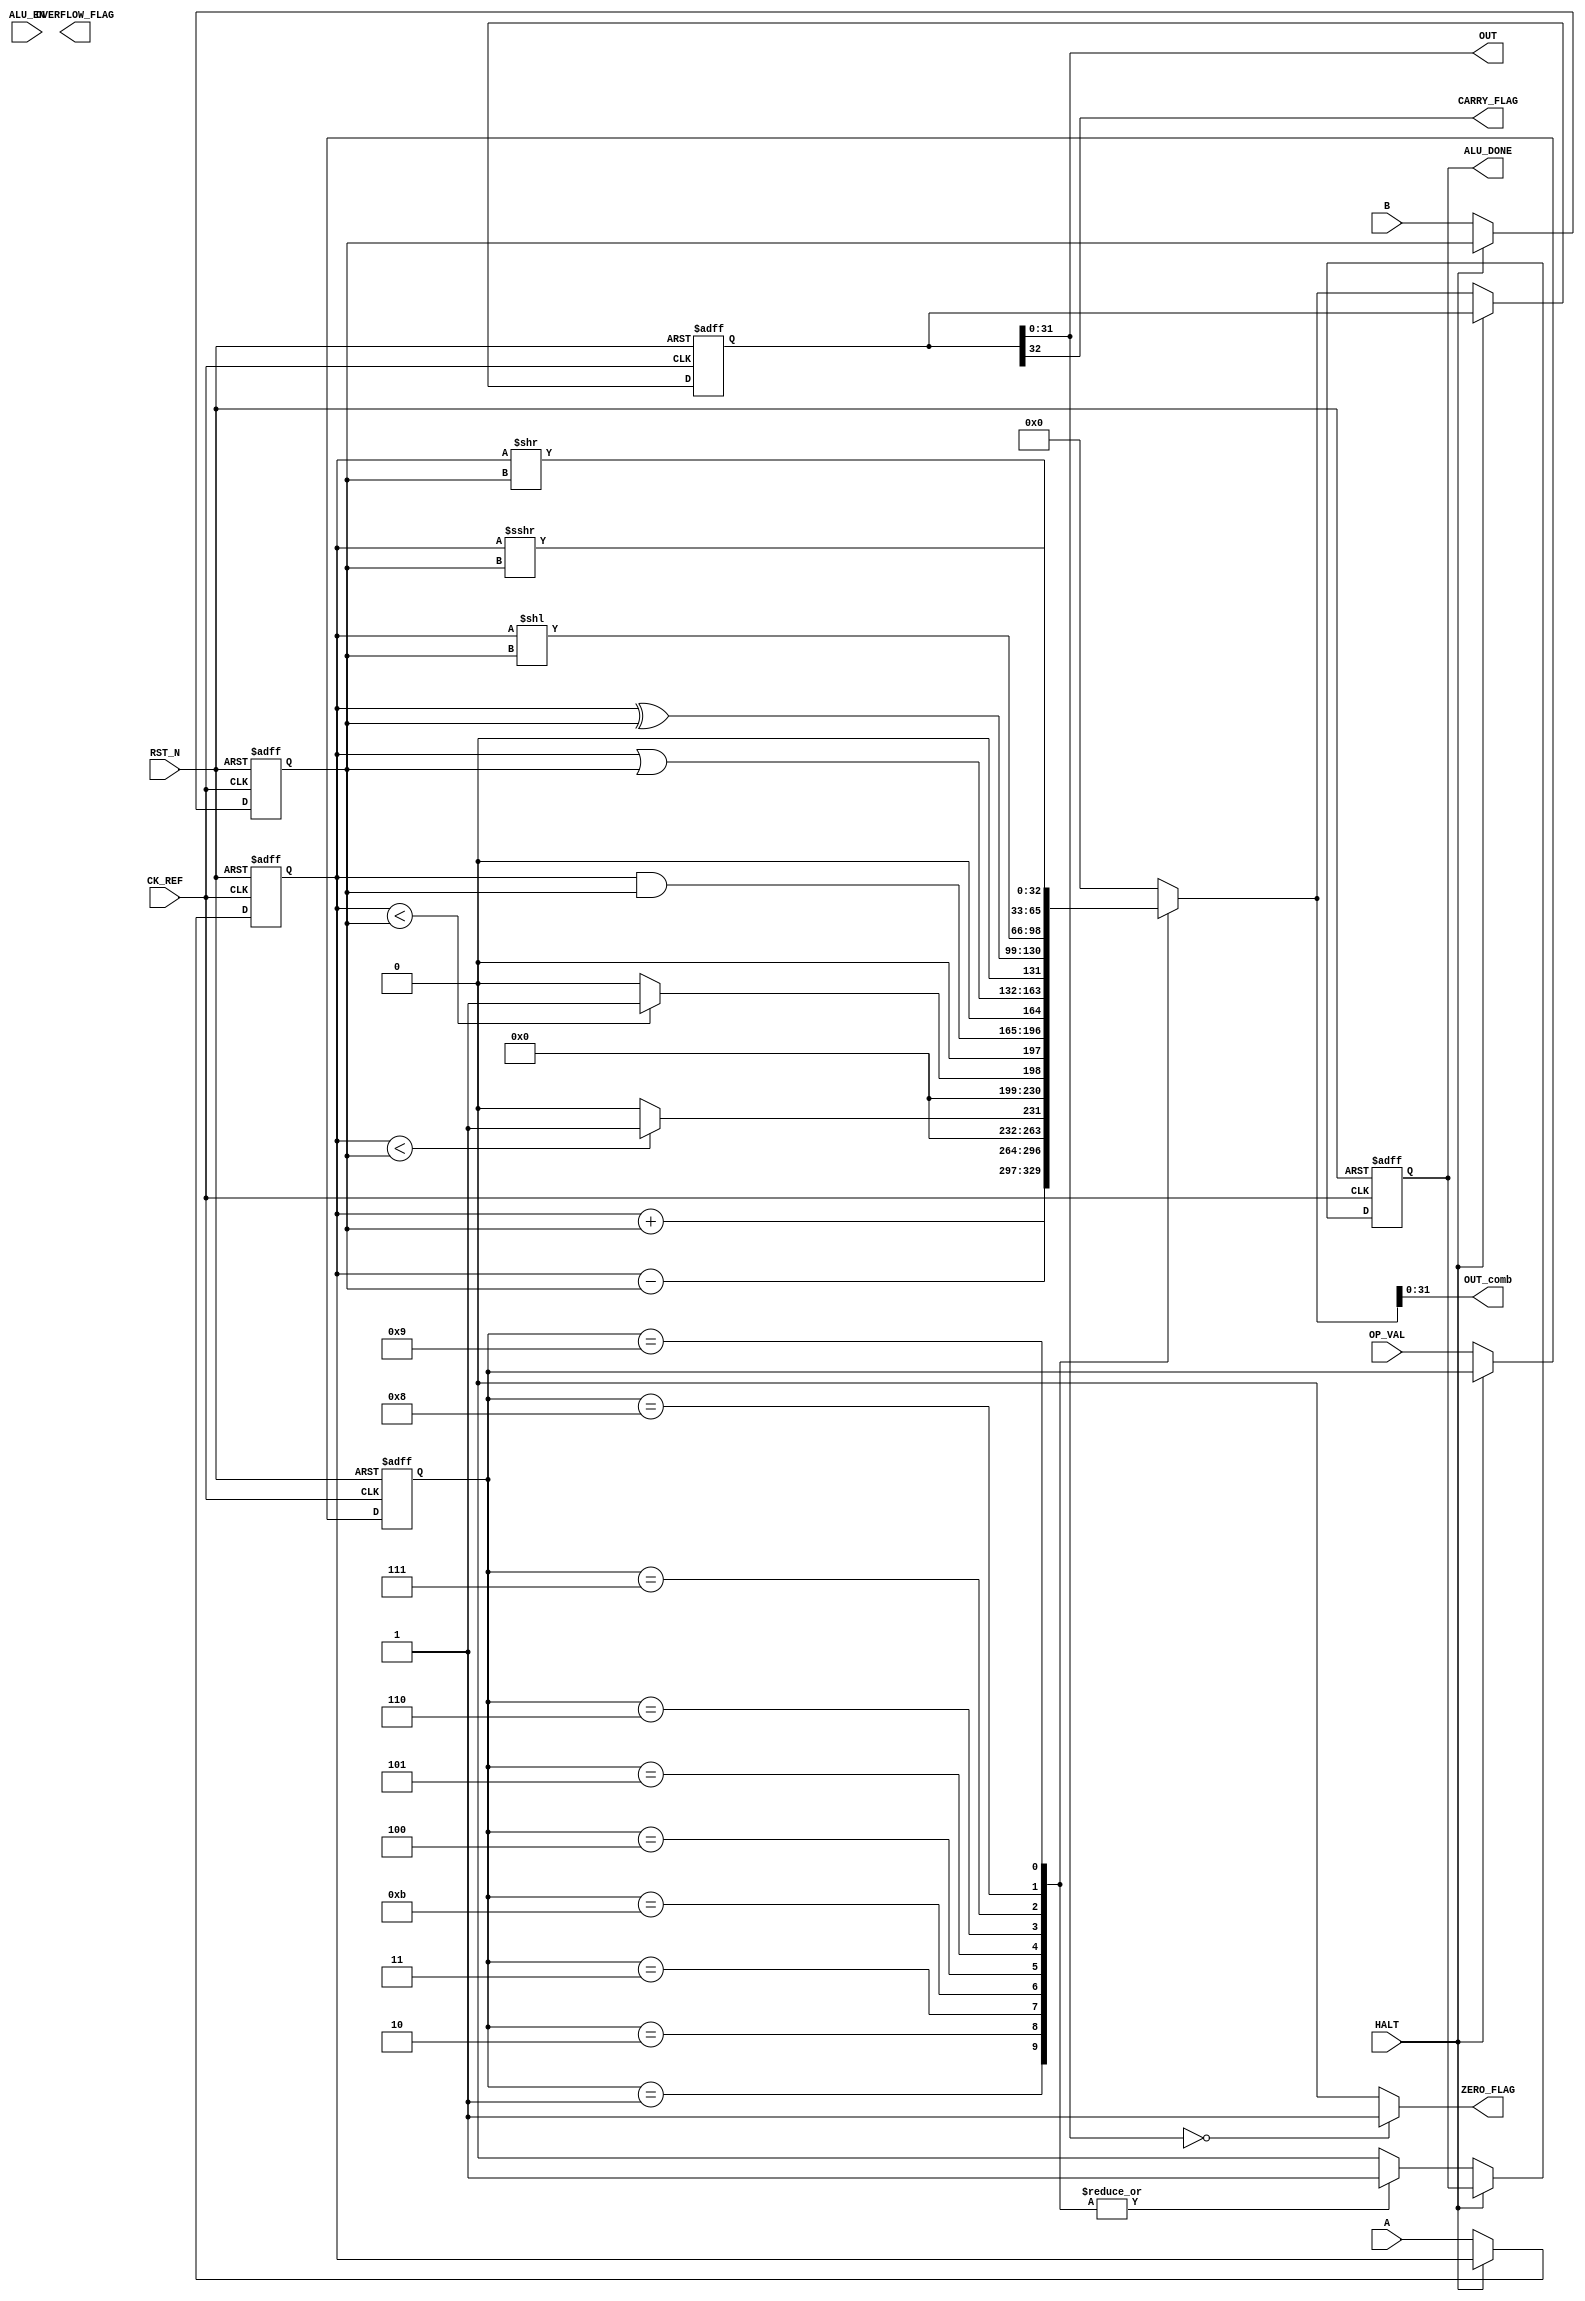
`timescale 1ns / 1ps

// ALU:
// decode the input operation bus
// register the inputs A and B
// perform the arithmetic or logic operation on the registered input operands A_reg and B_reg
// register the output of the arithmetic/logical operation into OUT_reg

// NOTE:
// - not yet using the `defines for the encoded OP_VAL signal

module ALU(
    input wire CK_REF,
    input wire RST_N,
    input wire HALT,     // CPU halt, freeze registers
    input wire ALU_EN,   // active high ALU enable TODO: remove this signal
    input wire [3:0] OP_VAL,   // encoded operation bus, indicates which A/L operation to perform
//     input wire SIGNED_UNSIGNED_N,   // signed or unsigned operation
    input wire [31:0] A,   // ALU input 32 bit value
    input wire [31:0] B,   // ALU input 32 bit value
    
    output wire [31:0] OUT,      // ALU output 32 bit value
    output wire [31:0] OUT_comb, // UNREGISTERED combinational output, needed for operand forwarding for consecutive instructions
    output wire CARRY_FLAG,
    output wire ZERO_FLAG,
    output wire OVERFLOW_FLAG,
    output wire ALU_DONE   // ALU operation complete
    );
    
    // local signals
    reg alu_done_ff, alu_done_ff_ff, alu_done_next;   // ALU register to enable the next pipeline stage
    reg [31:0] A_reg, B_reg;
    reg [32:0] OUT_reg, OUT_next;   // 33 bits to allow for carry bit as MSB
    reg [3:0] OP_VAL_reg;

    // sequential process
    always @(posedge CK_REF, negedge RST_N) begin
        if(!RST_N) begin
            A_reg <= 32'h0000_0000;
            B_reg <= 32'h0000_0000;
            OUT_reg <= 32'h0000_0000;
            alu_done_ff <= 1'b0;
            alu_done_ff_ff <= 1'b0;
            OP_VAL_reg <= 4'b0000;
        end
        else begin
            if(!HALT) begin
                A_reg <= A;
                B_reg <= B;
                OUT_reg <= OUT_next;
                OP_VAL_reg <= OP_VAL;
                // 'alu_done_ff' is double-registered to add an extra clock cycle delay, therefore aligning with 'OUT_reg'
                // alu_done_ff <= alu_done_ff_ff;
                // alu_done_ff_ff <= alu_done_next;
                alu_done_ff <= alu_done_next;
            end
        end
    end
    
    // decode OP_VAL and perform the arithmetic or logical operation
    always @(*) begin
        case (OP_VAL_reg)

            // *** arithmetic operations ***
            4'b0001 : begin   // addition operation
                OUT_next = (A_reg + B_reg);
                alu_done_next = 1'b1;
            end
            //TODO: check that this does 2's complement addition
            4'b0010 : begin   // subtraction operation
                OUT_next = (A_reg - B_reg);
                alu_done_next = 1'b1;
            end
            4'b0011 : begin   // set if less than
                OUT_next = ($signed(A_reg) < $signed(B_reg)) ? 32'd1 : 32'd0;
                alu_done_next = 1'b1;
            end
            4'b1011 : begin   // set if less than unsigned
                OUT_next = (A_reg < B_reg) ? 32'd1 : 32'd0;
                alu_done_next = 1'b1;
            end

            // *** logical operations ***

            4'b0100 : begin   // bitwise AND
                OUT_next = (A_reg & B_reg);
                alu_done_next = 1'b1;
            end
            4'b0101 : begin   // bitwise OR
                OUT_next = (A_reg | B_reg);
                alu_done_next = 1'b1;
            end
            4'b0110 : begin   // bitwise XOR
                OUT_next = (A_reg ^ B_reg);
                alu_done_next = 1'b1;
            end
            4'b0111 : begin   // shift left logical
                OUT_next = (A_reg << B_reg);
                alu_done_next = 1'b1;
            end
            4'b1000 : begin   // shift right logical
                OUT_next = (A_reg >> B_reg);
                alu_done_next = 1'b1;
            end
            4'b1001 : begin   // shift right arithmetic
                OUT_next = (A_reg >>> B_reg);
                alu_done_next = 1'b1;
            end
            
            default : begin   // invalid OP_VAL, pipeline may be being filled (starting from reset) -> do nothing
                OUT_next = 33'h00000_0000;
                alu_done_next = 1'b0;
            end
        endcase
    end 
    
    //top-level assigns
    assign OUT        = OUT_reg[31:0];
    assign OUT_comb   = OUT_next[31:0];
    assign CARRY_FLAG = OUT_reg[32];
    assign ZERO_FLAG  = (OUT_reg[31:0] == 32'h0000_0000) ? 1'b1 : 1'b0;
    //assign OVERFLOW_FLAG = ???;
    
    assign ALU_DONE = alu_done_ff;
    
endmodule